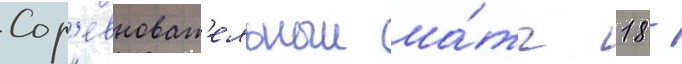
Сор'евноват'ельныи ма́тч 18 -